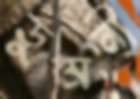
ডুমনী